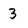
Character: 3